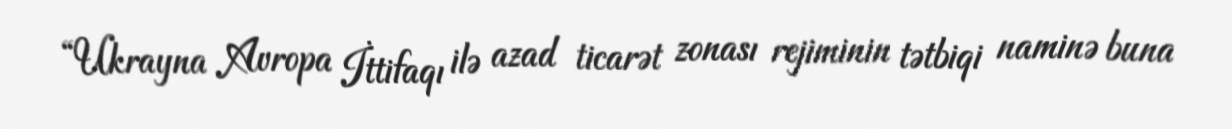
“Ukrayna Avropa İttifaqı ilə azad ticarət zonası rejiminin tətbiqi naminə buna